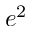
e ^ { 2 }